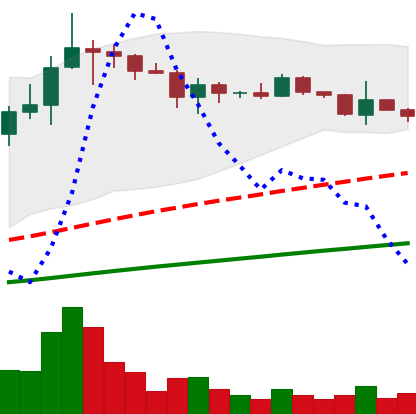
Ticker: ADA-USD
Chart end date: 2021-03-15
Forward return: 16.739%
Label: up_7plus